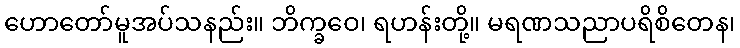
ဟောတော်မူအပ်သနည်း။ ဘိက္ခဝေ၊ ရဟန်းတို့။ မရဏသညာပရိစိတေန၊